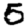
Digit: 5